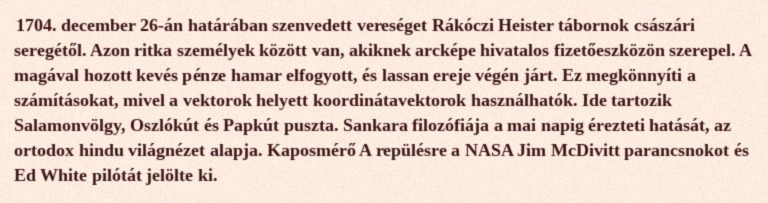
1704. december 26-án határában szenvedett vereséget Rákóczi Heister tábornok császári seregétől. Azon ritka személyek között van, akiknek arcképe hivatalos fizetőeszközön szerepel. A magával hozott kevés pénze hamar elfogyott, és lassan ereje végén járt. Ez megkönnyíti a számításokat, mivel a vektorok helyett koordinátavektorok használhatók. Ide tartozik Salamonvölgy, Oszlókút és Papkút puszta. Sankara filozófiája a mai napig érezteti hatását, az ortodox hindu világnézet alapja. Kaposmérő A repülésre a NASA Jim McDivitt parancsnokot és Ed White pilótát jelölte ki.